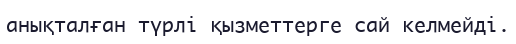
анықталған түрлі қызметтерге сай келмейді.